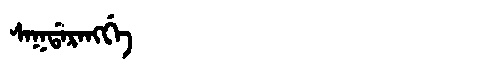
Manchu: ᠰᠠᡴᡩᠠᡵᠠᠩᡤᡝ
Romanization: SAKDARANGGE